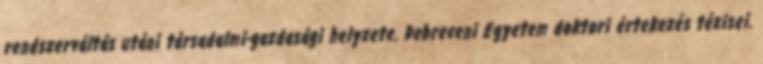
rendszerváltás utáni társadalmi-gazdasági helyzete. Debreceni Egyetem doktori értekezés tézisei.